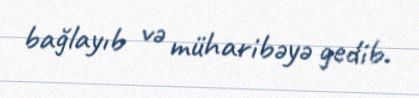
bağlayıb və müharibəyə gedib.